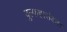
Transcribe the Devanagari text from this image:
वुल्फहाउंडस